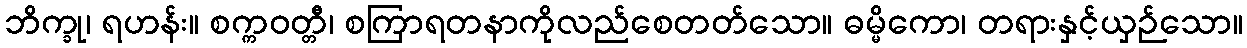
ဘိက္ခု၊ ရဟန်း။ စက္ကဝတ္တီ၊ စကြာရတနာကိုလည်စေတတ်သော။ ဓမ္မိကော၊ တရားနှင့်ယှဉ်သော။